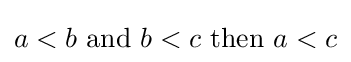
a<b{\text{ and }}b<c{\text{ then }}a<c